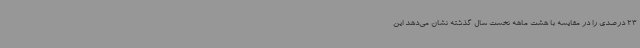
23 ‌درصدی را در مقایسه با هشت ماهه نخست سال گذشته نشان می‌دهد این